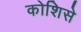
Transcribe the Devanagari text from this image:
कोशिसे